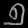
Digit: ၅